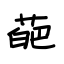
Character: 葩